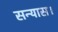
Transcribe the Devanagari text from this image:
सन्यास।